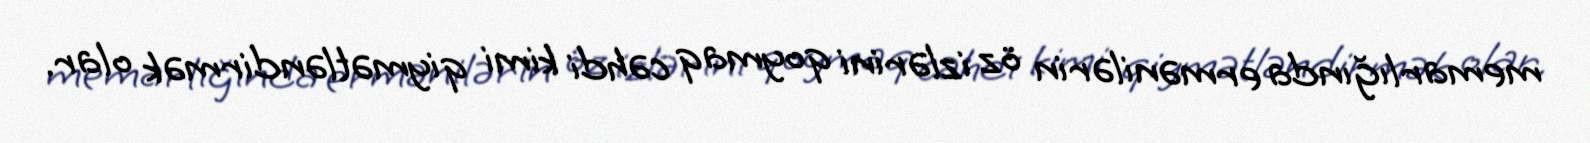
memarlığında ermənilərin öz izlərini qoymaq cəhdi kimi qiymətləndirmək olar.